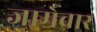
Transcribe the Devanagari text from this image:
जामेवार